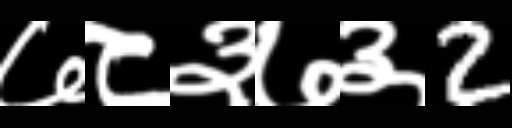
Text: ७८३७३2